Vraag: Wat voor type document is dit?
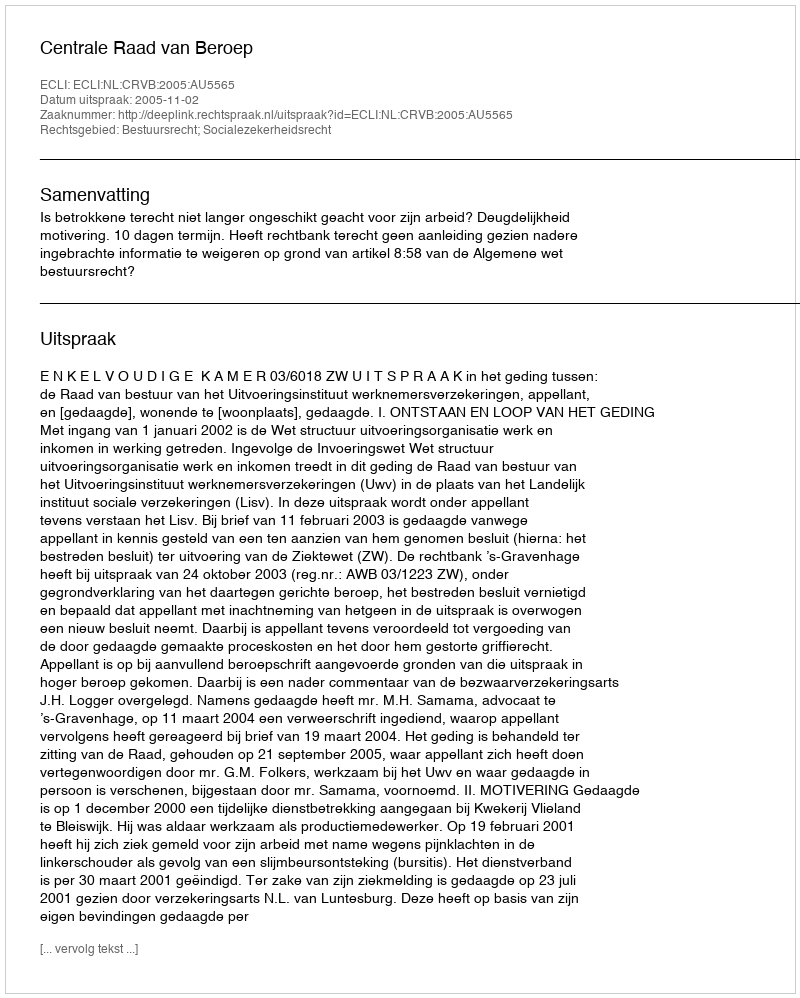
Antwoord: Uitspraak